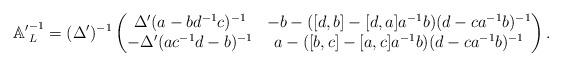
LaTeX: \begin{align*}\mathbb{A'}^{-1}_L&=(\Delta')^{-1}\begin{pmatrix} \Delta' (a-bd^{-1}c)^{-1} &-b-([d,b]-[d,a]a^{-1}b)(d-ca^{-1}b)^{-1} \\ -\Delta' (ac^{-1}d-b)^{-1} &a-([b,c]-[a,c]a^{-1}b)(d-ca^{-1}b)^{-1}\end{pmatrix}.\end{align*}